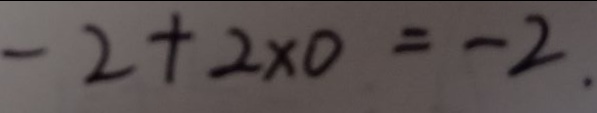
- 2 + 2 \times 0 = - 2 .